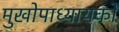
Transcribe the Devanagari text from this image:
मुखोपाध्यायको